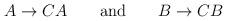
LaTeX: \begin{align*}A\rightarrow CA \qquad {\mathrm{and}}\qquad B\rightarrow CB\end{align*}